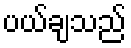
ပယ်ချသည်